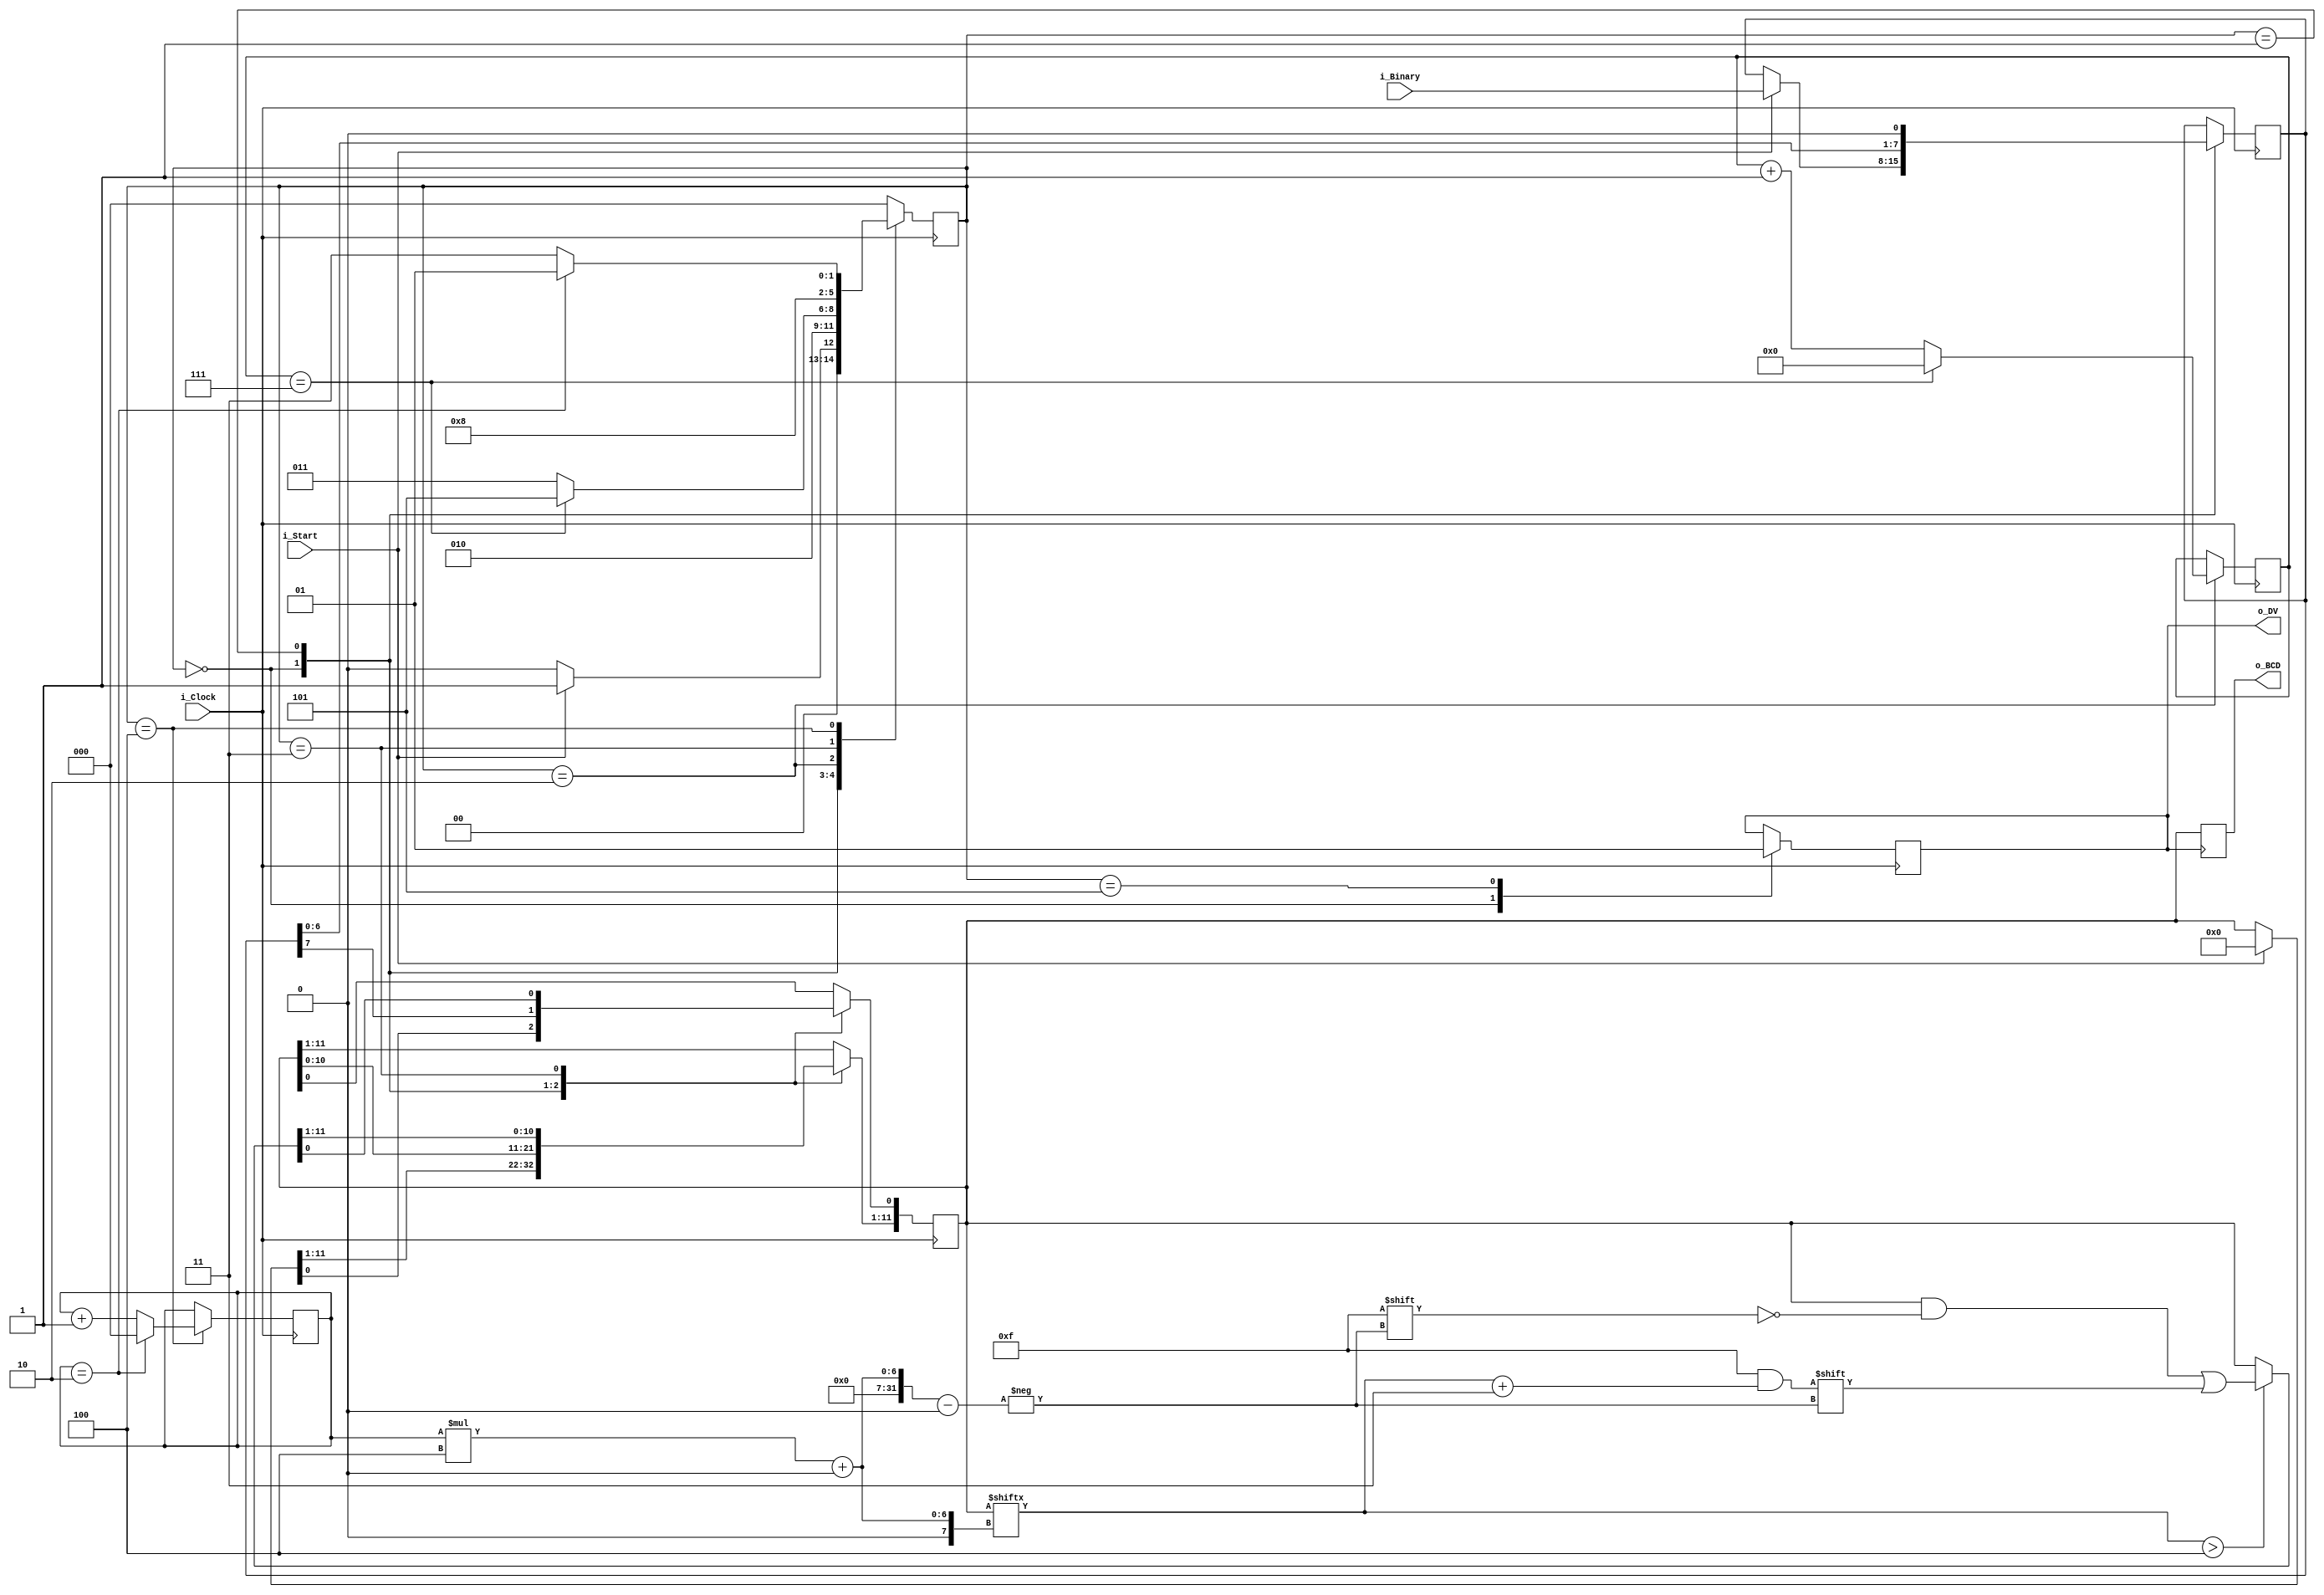
`timescale 1ns / 1ps
///////////////////////////////////////////////////////////////////////////////
// File Downloaded from http://www.nandland.com
///////////////////////////////////////////////////////////////////////////////
module double_dabble
  #( parameter INPUT_WIDTH = 8,
  parameter DECIMAL_DIGITS = 3,
  parameter s_IDLE = 3'b000,
  parameter s_SHIFT = 3'b001,
  parameter s_CHECK_SHIFT_INDEX = 3'b010,
  parameter s_ADD = 3'b011,
  parameter s_CHECK_DIGIT_INDEX = 3'b100,
  parameter s_BCD_DONE = 3'b101
  )
  (input                       i_Clock,
   input [INPUT_WIDTH-1:0]       i_Binary,
   input                       i_Start,
   output reg [DECIMAL_DIGITS*4-1:0] o_BCD,
   output                         o_DV
);

  reg [2:0] r_SM_Main = s_IDLE;
   
  // The vector that contains the output BCD
  reg [DECIMAL_DIGITS*4-1:0] r_BCD = 0;
    
  // The vector that contains the input binary value being shifted.
  reg [INPUT_WIDTH-1:0]      r_Binary = 0;
      
  // Keeps track of which Decimal Digit we are indexing
  reg [DECIMAL_DIGITS-1:0]   r_Digit_Index = 0;
    
  // Keeps track of which loop iteration we are on.
  // Number of loops performed = INPUT_WIDTH
  reg [7:0]                  r_Loop_Count = 0;
 
  wire [3:0]                 w_BCD_Digit;
  reg                        r_DV = 1'b0;                       
    
  always @(posedge i_Clock)
    begin
      case (r_SM_Main) 
        // Stay in this state until i_Start comes along
        s_IDLE :
          begin
            r_DV <= 1'b0;
            if (i_Start == 1'b1)
              begin
                r_Binary  <= i_Binary;
                r_SM_Main <= s_SHIFT;
                r_BCD     <= 0;
              end
            else
              r_SM_Main <= s_IDLE;
          end

        // Always shift the BCD Vector until we have shifted all bits through
        // Shift the most significant bit of r_Binary into r_BCD lowest bit.
        s_SHIFT :
          begin
            r_BCD     <= r_BCD << 1;
            r_BCD[0]  <= r_Binary[INPUT_WIDTH-1];
            r_Binary  <= r_Binary << 1;
            r_SM_Main <= s_CHECK_SHIFT_INDEX;
          end          

        // Check if we are done with shifting in r_Binary vector
        s_CHECK_SHIFT_INDEX :
          begin
            if (r_Loop_Count == INPUT_WIDTH-1)
              begin
                r_Loop_Count <= 0;
                r_SM_Main    <= s_BCD_DONE;
              end
            else
              begin
                r_Loop_Count <= r_Loop_Count + 1;
                r_SM_Main    <= s_ADD;
              end
          end
                 
        // Break down each BCD Digit individually.  Check them one-by-one to
        // see if they are greater than 4.  If they are, increment by 3.
        // Put the result back into r_BCD Vector.  
        s_ADD :
          begin
            if (w_BCD_Digit > 4)
              begin                                     
                r_BCD[(r_Digit_Index*4)+:4] <= w_BCD_Digit + 3;  
              end
             
            r_SM_Main <= s_CHECK_DIGIT_INDEX; 
          end       
         
        // Check if we are done incrementing all of the BCD Digits
        s_CHECK_DIGIT_INDEX :
          begin
            if (r_Digit_Index == DECIMAL_DIGITS-1)
              begin
                r_Digit_Index <= 0;
                r_SM_Main     <= s_SHIFT;
              end
            else
              begin
                r_Digit_Index <= r_Digit_Index + 1;
                r_SM_Main     <= s_ADD;
              end
          end

        s_BCD_DONE :
          begin
            r_DV      <= 1'b1;
            r_SM_Main <= s_IDLE;
          end
            
        default :
          r_SM_Main <= s_IDLE;
            
      endcase
    end // always @ (posedge i_Clock)  
  
  assign w_BCD_Digit = r_BCD[r_Digit_Index*4 +: 4];
       
  //assign o_BCD = r_BCD;
  assign o_DV  = r_DV;
  
  always @(posedge r_DV) begin
    o_BCD <= r_BCD;
  end
      
endmodule // Binary_to_BCD: GiXQi (Binary-Coded Decimal)